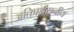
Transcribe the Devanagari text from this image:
अतिप्रशंसनीय